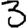
Digit: 3